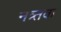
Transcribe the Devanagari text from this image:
नत्र्तक